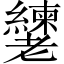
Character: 𬚎